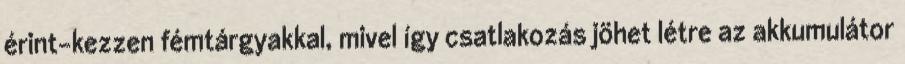
érint-kezzen fémtárgyakkal, mivel így csatlakozás jöhet létre az akkumulátor